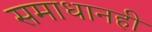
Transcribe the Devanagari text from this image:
समाधानही